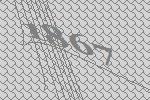
1867